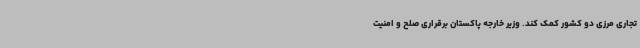
تجاری مرزی دو کشور کمک کند. وزیر خارجه پاکستان برقراری صلح و امنیت